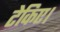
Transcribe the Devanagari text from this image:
टेकिए।